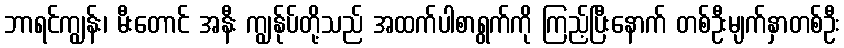
ဘာရင်ကျွန်း၊ မီးတောင် အနီး ကျွန်ုပ်တို့သည် အထက်ပါစာရွက်ကို ကြည့်ပြီးနောက် တစ်ဦးမျက်နှာတစ်ဦး